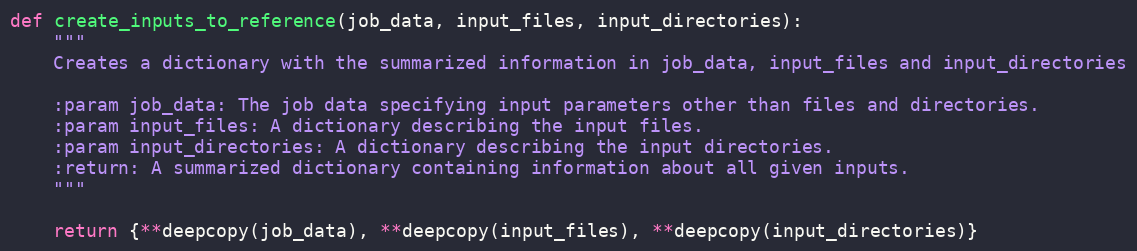
Language: Python
def create_inputs_to_reference(job_data, input_files, input_directories):
    """
    Creates a dictionary with the summarized information in job_data, input_files and input_directories

    :param job_data: The job data specifying input parameters other than files and directories.
    :param input_files: A dictionary describing the input files.
    :param input_directories: A dictionary describing the input directories.
    :return: A summarized dictionary containing information about all given inputs.
    """

    return {**deepcopy(job_data), **deepcopy(input_files), **deepcopy(input_directories)}